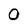
Character: 0